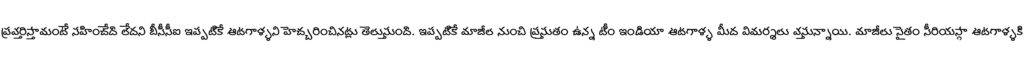
ప్రవర్తిస్తామంటే సహించేది లేదని బీసీసీఐ ఇప్పటికే ఆటగాళ్ళని హెచ్చరించినట్లు తెలుస్తుంది. ఇప్పటికే మాజీల నుంచి ప్రస్తుతం ఉన్న టీం ఇండియా ఆటగాళ్ళ మీద విమర్శలు వస్తున్నాయి. మాజీలు సైతం సీరియస్గా ఆటగాళ్ళకి